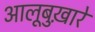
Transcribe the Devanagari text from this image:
आलूबुख़ारे